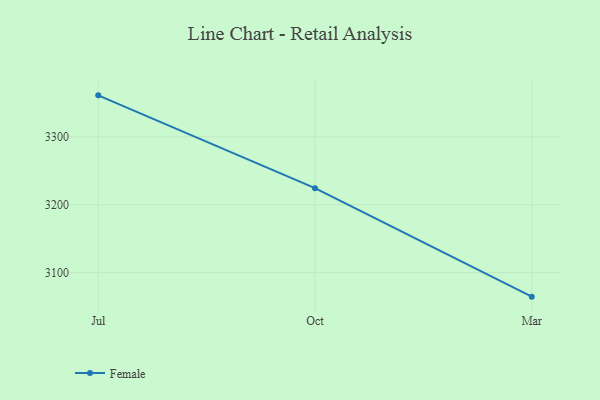
{"axis": {"x": "Month", "y": "Operating Costs (USD K)"}, "legend": ["Female"], "data": [{"x": "Jul", "y": 3361.1, "type": "Female"}, {"x": "Oct", "y": 3224.4, "type": "Female"}, {"x": "Mar", "y": 3064.6, "type": "Female"}]}